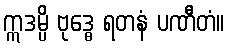
ဣဒမ္ပိ ဗုဒ္ဓေ ရတနံ ပဏီတံ။